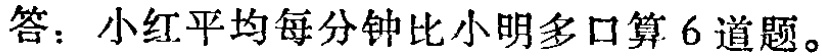
答：小红平均每分钟比小明多口算6道题。